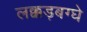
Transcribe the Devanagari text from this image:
लक्कड़बग्घे